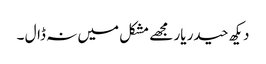
دیکھ حیدر یار مجھے مشکل میں نہ ڈال ۔